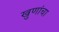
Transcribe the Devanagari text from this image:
खुणांचा